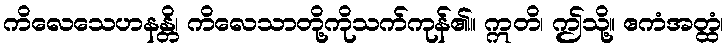
ကိလေသေဟနန္တိ၊ ကိလေသာတို့ကိုသက်ကုန်၏။ ဣတိ၊ ဤသို့။ ဧကံအတ္ထံ၊